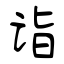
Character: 诣